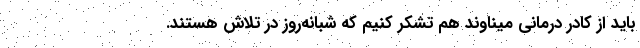
باید از کادر درمانی میناوند هم تشکر کنیم که شبانه‌روز در تلاش هستند.